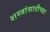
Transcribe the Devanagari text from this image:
शस्त्रांसाठीच्या